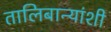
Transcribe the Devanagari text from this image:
तालिबान्यांशी